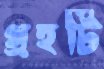
গ্রহটি